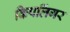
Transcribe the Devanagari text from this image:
किपलिंगर